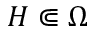
H \Subset \Omega